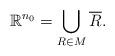
LaTeX: \begin{align*} \mathbb{R}^{n_0} = \bigcup_{R \in M} \overline{R}.\end{align*}